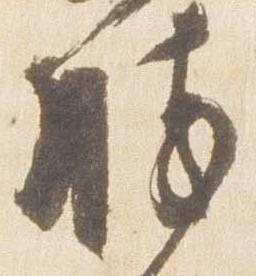
勝